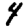
Digit: 4